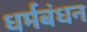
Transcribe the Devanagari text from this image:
धर्मबंधन